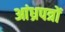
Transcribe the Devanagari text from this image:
आंध्रपत्रों